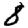
Digit: 8